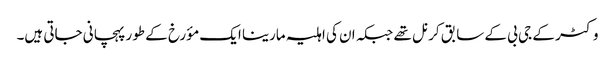
وکٹر کے جی بی کے سابق کرنل تھے جبکہ ان کی اہلیہ مارینا ایک مؤرخ کے طور پہچانی جاتی ہیں۔